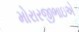
મોરારજીભાઇએ